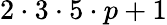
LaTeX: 2\cdot 3\cdot 5\cdot p+1